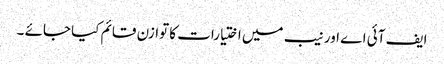
ایف آئی اے اور نیب میں اختیارات کا توازن قائم کیا جائے ۔